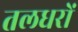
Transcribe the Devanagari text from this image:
तलधरों